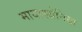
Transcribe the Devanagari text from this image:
मायास्थेनिया